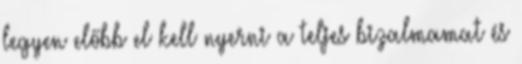
legyen előbb el kell nyerni a teljes bizalmamat és